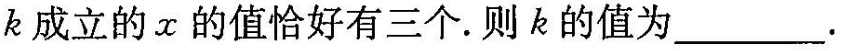
k成立的x的值恰好有三个.则k的值为___.